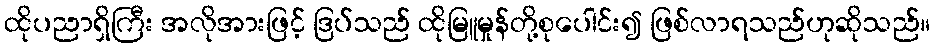
ထိုပညာရှိကြီး အလိုအားဖြင့် ဒြပ်သည် ထိုမြူမှုန်တို့စုပေါင်း၍ ဖြစ်လာရသည်ဟုဆိုသည်။